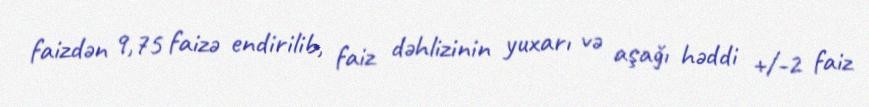
faizdən 9,75 faizə endirilib, faiz dəhlizinin yuxarı və aşağı həddi +/-2 faiz